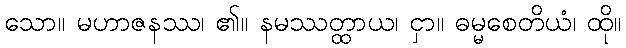
သော။ မဟာဇနဿ၊ ၏။ နမဿတ္ထာယ၊ ငှာ။ ဓမ္မစေတိယံ၊ ထို။